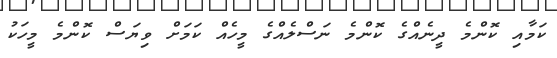
ކަމާއި ކޮންމެ ދީނެއްގެ ކޮންމެ ނަސްލެއްގެ މީހެއް ކަމަށް ވިޔަސް ކޮންމެ މީހަކު